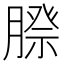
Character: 𮌰